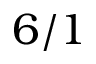
6 / 1